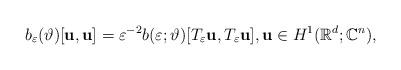
LaTeX: \begin{align*}b_\varepsilon (\vartheta)[\mathbf{u},\mathbf{u}]=\varepsilon ^{-2}b(\varepsilon ;\vartheta)[T_\varepsilon\mathbf{u},T_\varepsilon \mathbf{u}],\mathbf{u}\in H^1(\mathbb{R}^d;\mathbb{C}^n),\end{align*}